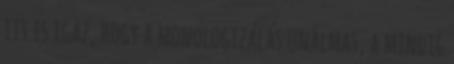
itt is igaz, hogy a monologizálás unalmas, a mindig